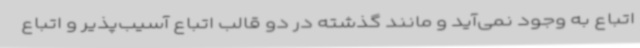
اتباع به وجود نمی‌آید و مانند گذشته در دو قالب اتباع آسیب‌پذیر و اتباع